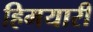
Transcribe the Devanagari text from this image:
हिमयारी